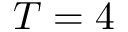
T = 4